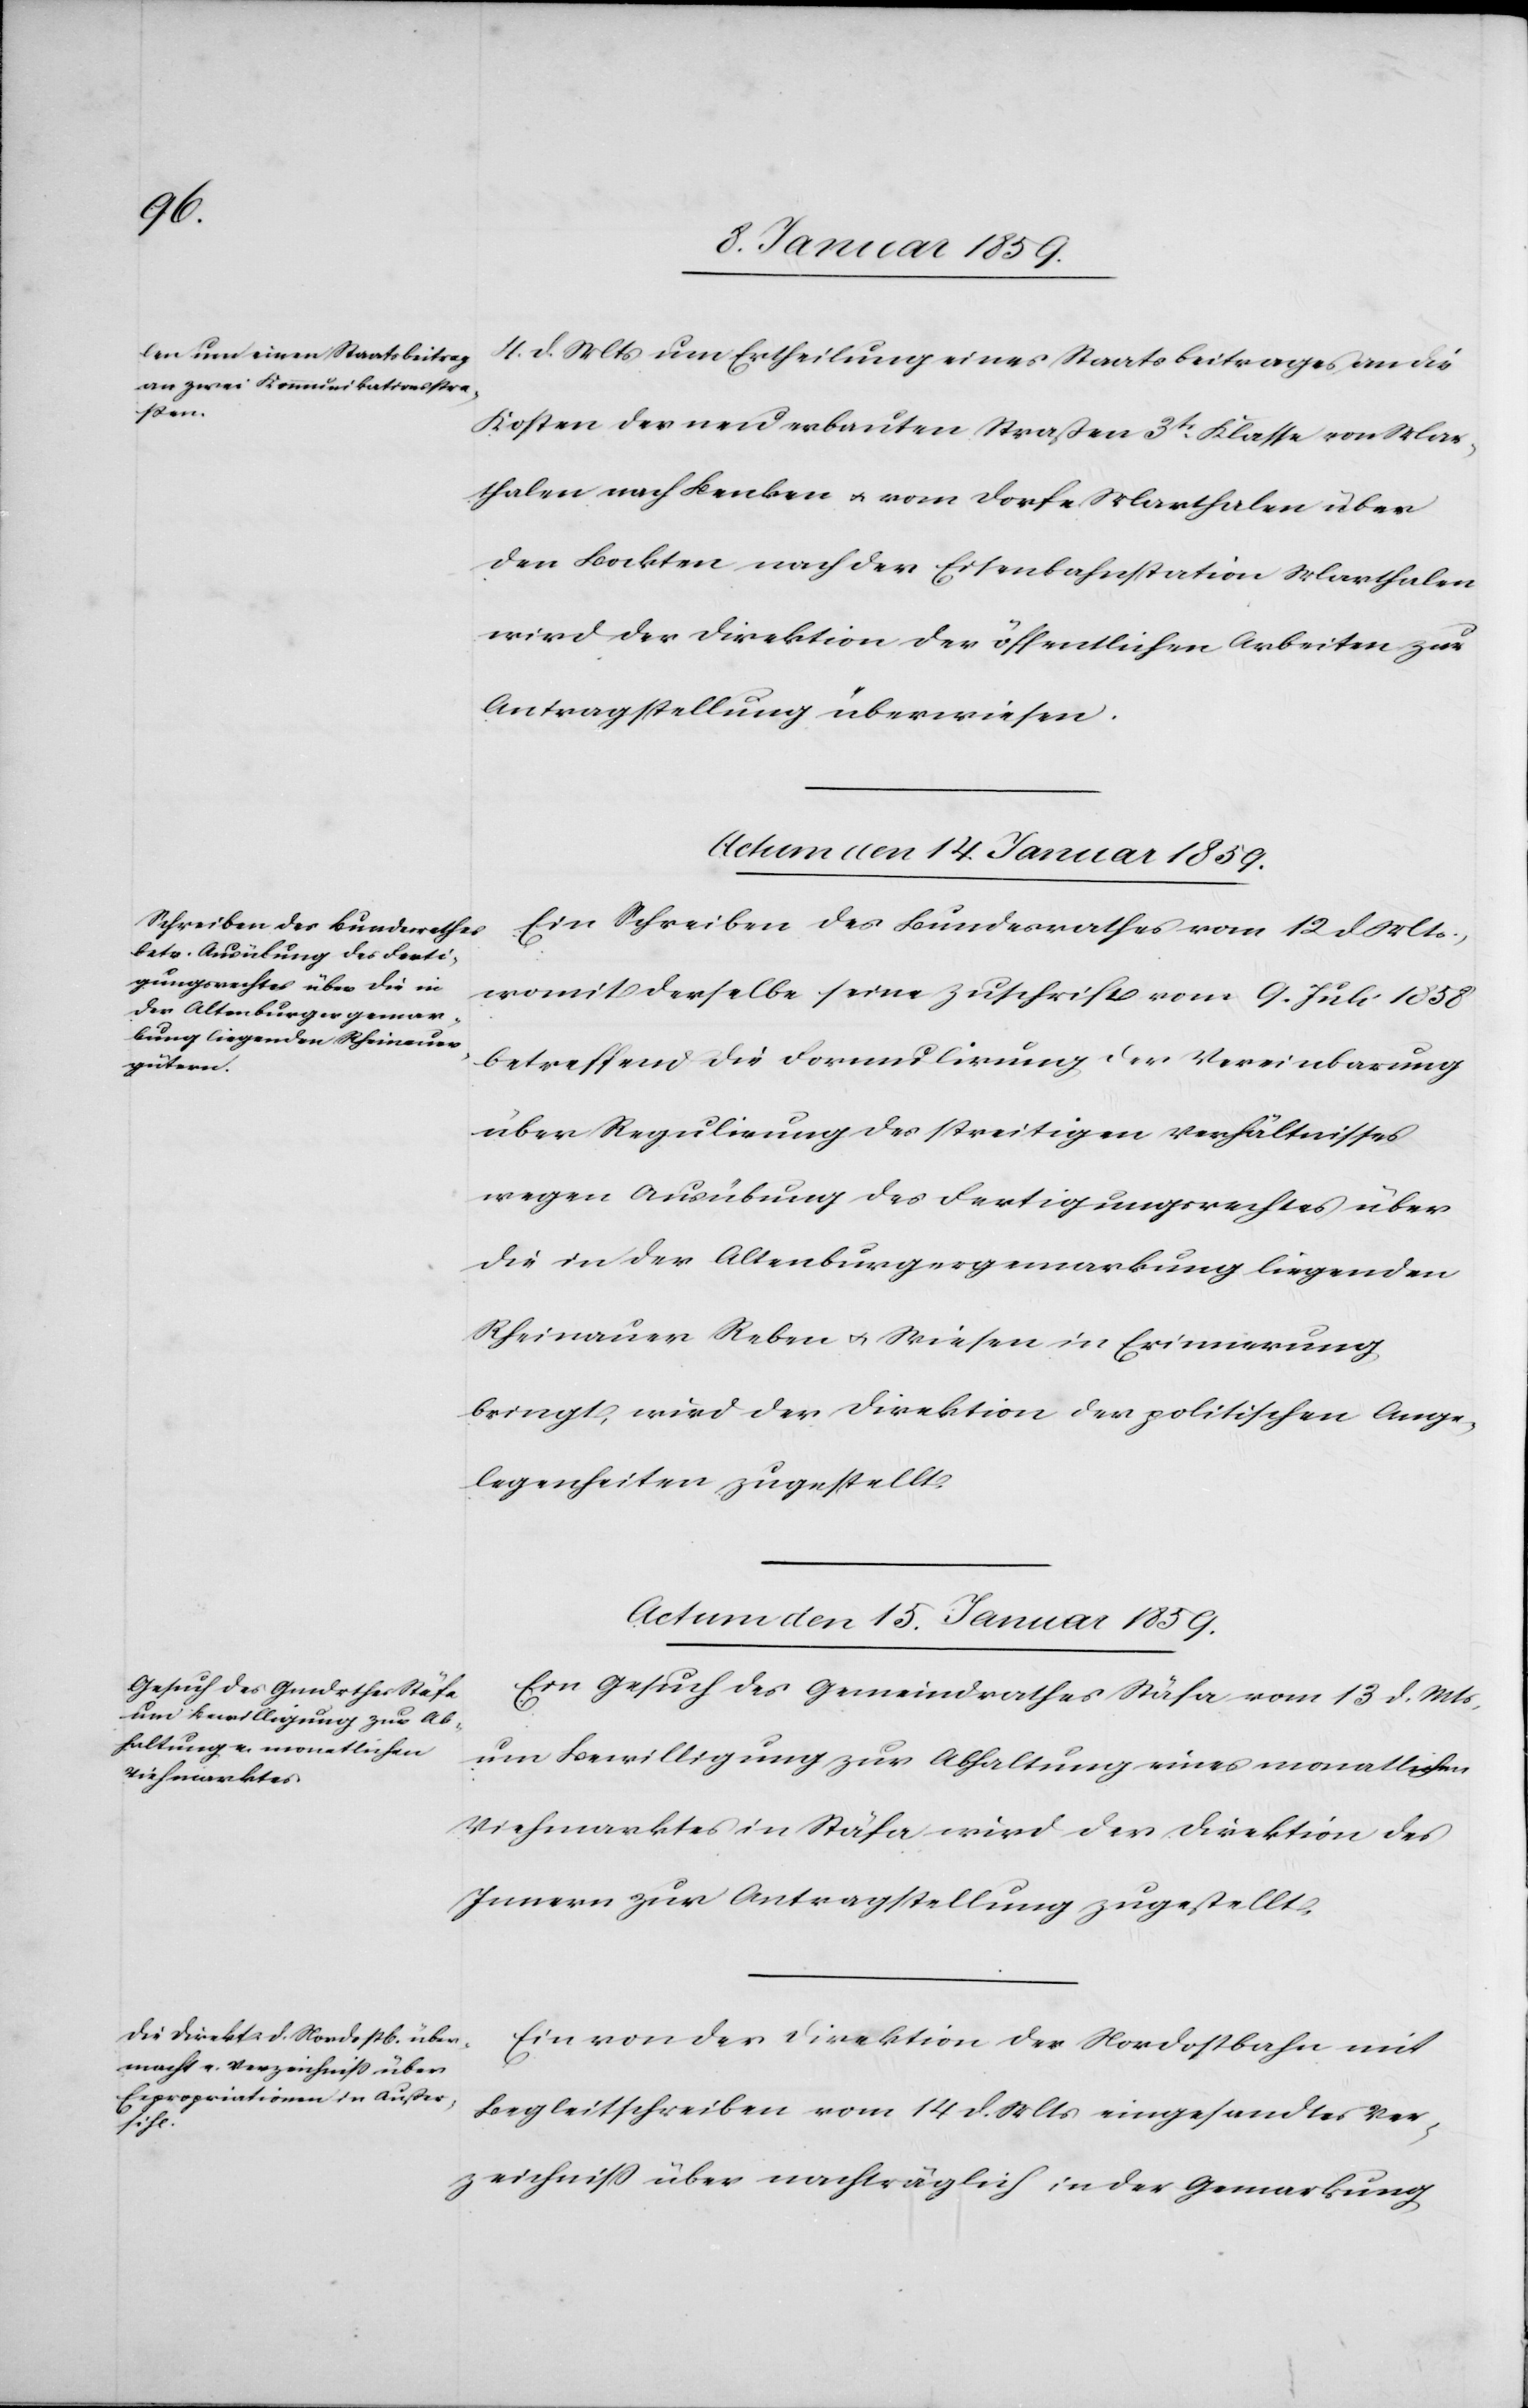
4. d. Mts. um Ertheilung eines Staatsbeitrages an die
Kosten der neu erbauten Straßen 3tr. Klasse von Mar¬
thalen nach Benken u. vom Dorfe Marthalen über
den Bockten nach der Eisenbahnstation Marthalen
wird der Direktion der öffentlichen Arbeiten zur
Antragstellung überwiesen.
Actum den 14. Januar 1859.
Ein Schreiben des Bundesrathes vom 12 d Mts.,
womit derselbe seine Zuschrift vom 9. Juli 1858
betreffend die Formulirung der Vereinbarung
über Regulirung des streitigen Verhältnisses
wegen Ausübung des Fertigungsrechtes über
die in der Altenburgergemarkung liegenden
Rheinauer Reben u. Wiesen in Erinnerung
bringt, wird der Direktion der politischen Ange¬
legenheiten zugestellt.
Actum den 15. Januar 1859.]
Ein Gesuch des Gemeinderathes Stäfa vom 13 d. Mts.
um Bewilligung zur Abhaltung eines monatlichen
Viehmarktes in Stäfa wird der Direktion des
Innern zur Antragstellung zugestellt.
Ein von der Direktion der Nordostbahn mit
Begleitschreiben vom 14. d. Mts eingesandtes Ver¬
zeichniß über nachträglich in der Gemarkung